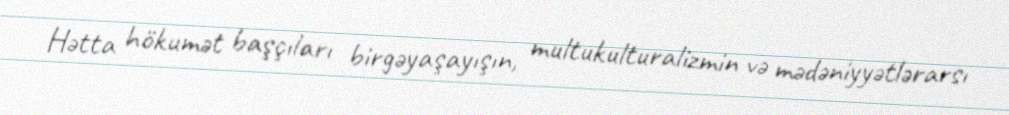
Hətta hökumət başçıları birgəyaşayışın, multukulturalizmin və mədəniyyətlərarsı